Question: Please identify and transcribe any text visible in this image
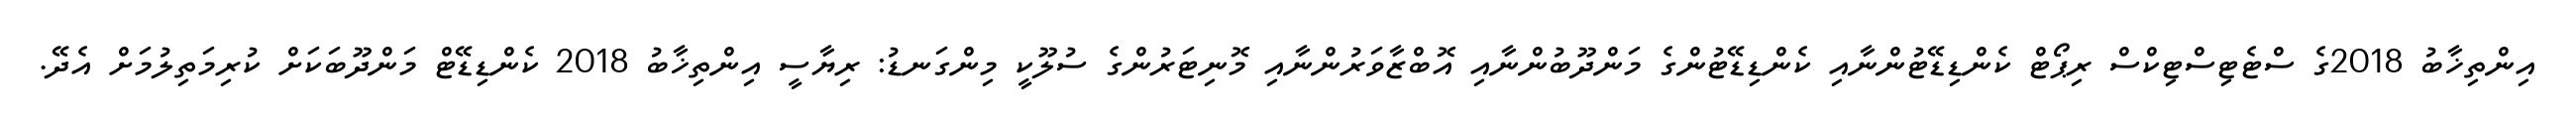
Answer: އިންތިޚާބު 2018ގެ ސްޓެޓިސްޓިކްސް ރިޕޯޓް ކެންޑިޑޭޓުންނާއި ކެންޑިޑޭޓުންގެ މަންދޫބުންނާއި އޮބްޒާވަރުންނާއި މޮނިޓަރުންގެ ސުލޫކީ މިންގަނޑު: ރިޔާސީ އިންތިޚާބު 2018 ކެންޑިޑޭޓް މަންދޫބަކަށް ކުރިމަތިލުމަށް އެދޭ.